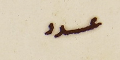
عدد